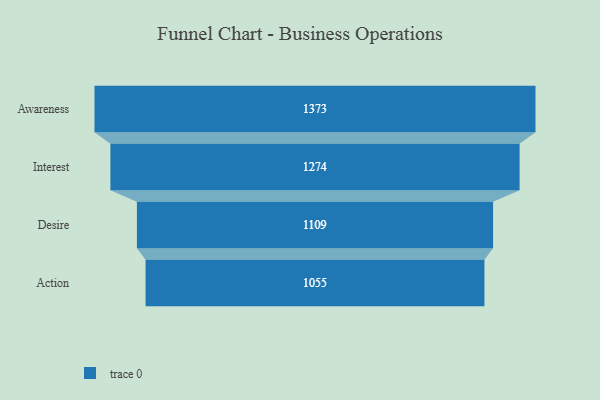
{"axis": {"x": "Stage", "y": "Value"}, "legend": [""], "data": [{"x": "Awareness", "y": 1373.0, "type": ""}, {"x": "Interest", "y": 1274.0, "type": ""}, {"x": "Desire", "y": 1109.0, "type": ""}, {"x": "Action", "y": 1055.0, "type": ""}]}